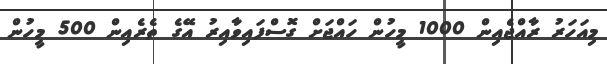
މިއަހަރު ރާއްޖެއިން 1000 މީހުން ހައްޖަށް ގޮސްފައިވާއިރު އޭގެ ތެރެއިން 500 މީހުން